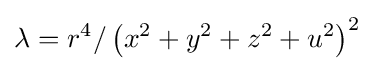
\lambda =r^{4}/\left(x^{2}+y^{2}+z^{2}+u^{2}\right)^{2}